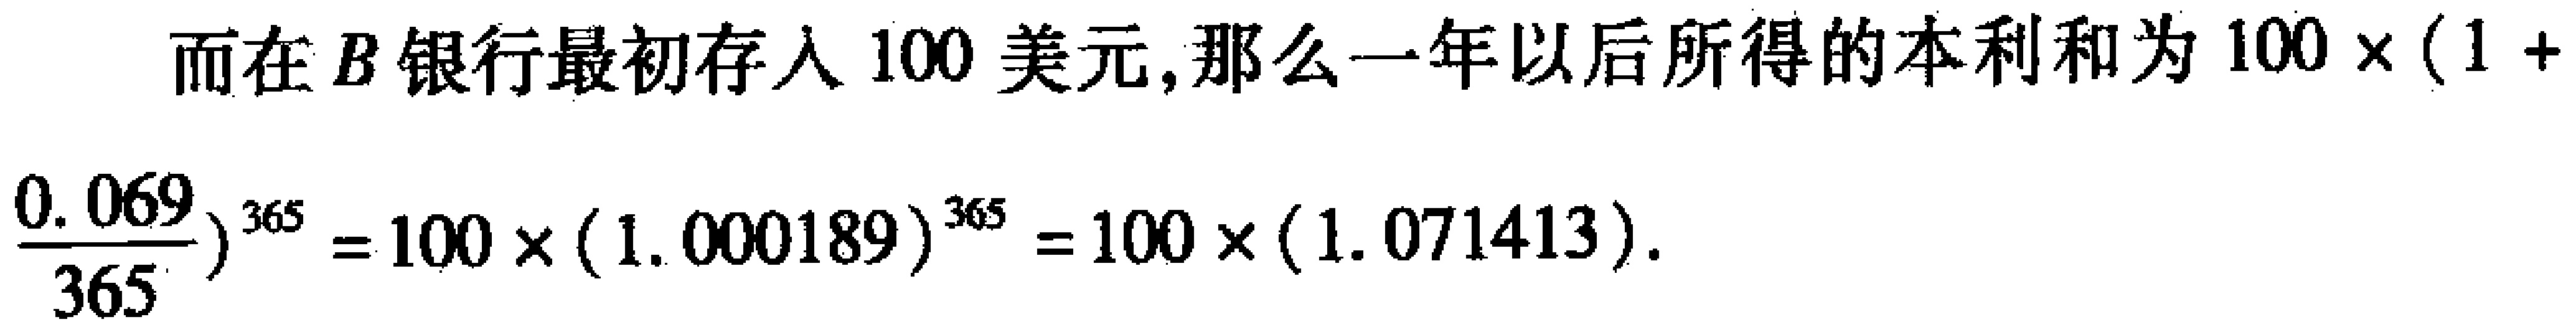
而在\(B\)银行最初存入\(100\)美元,那么一年以后所得的本利和为\(100\times(1 + \frac{0.069}{365})^{365}=100\times(1.000189)^{365}=100\times(1.071413)\).